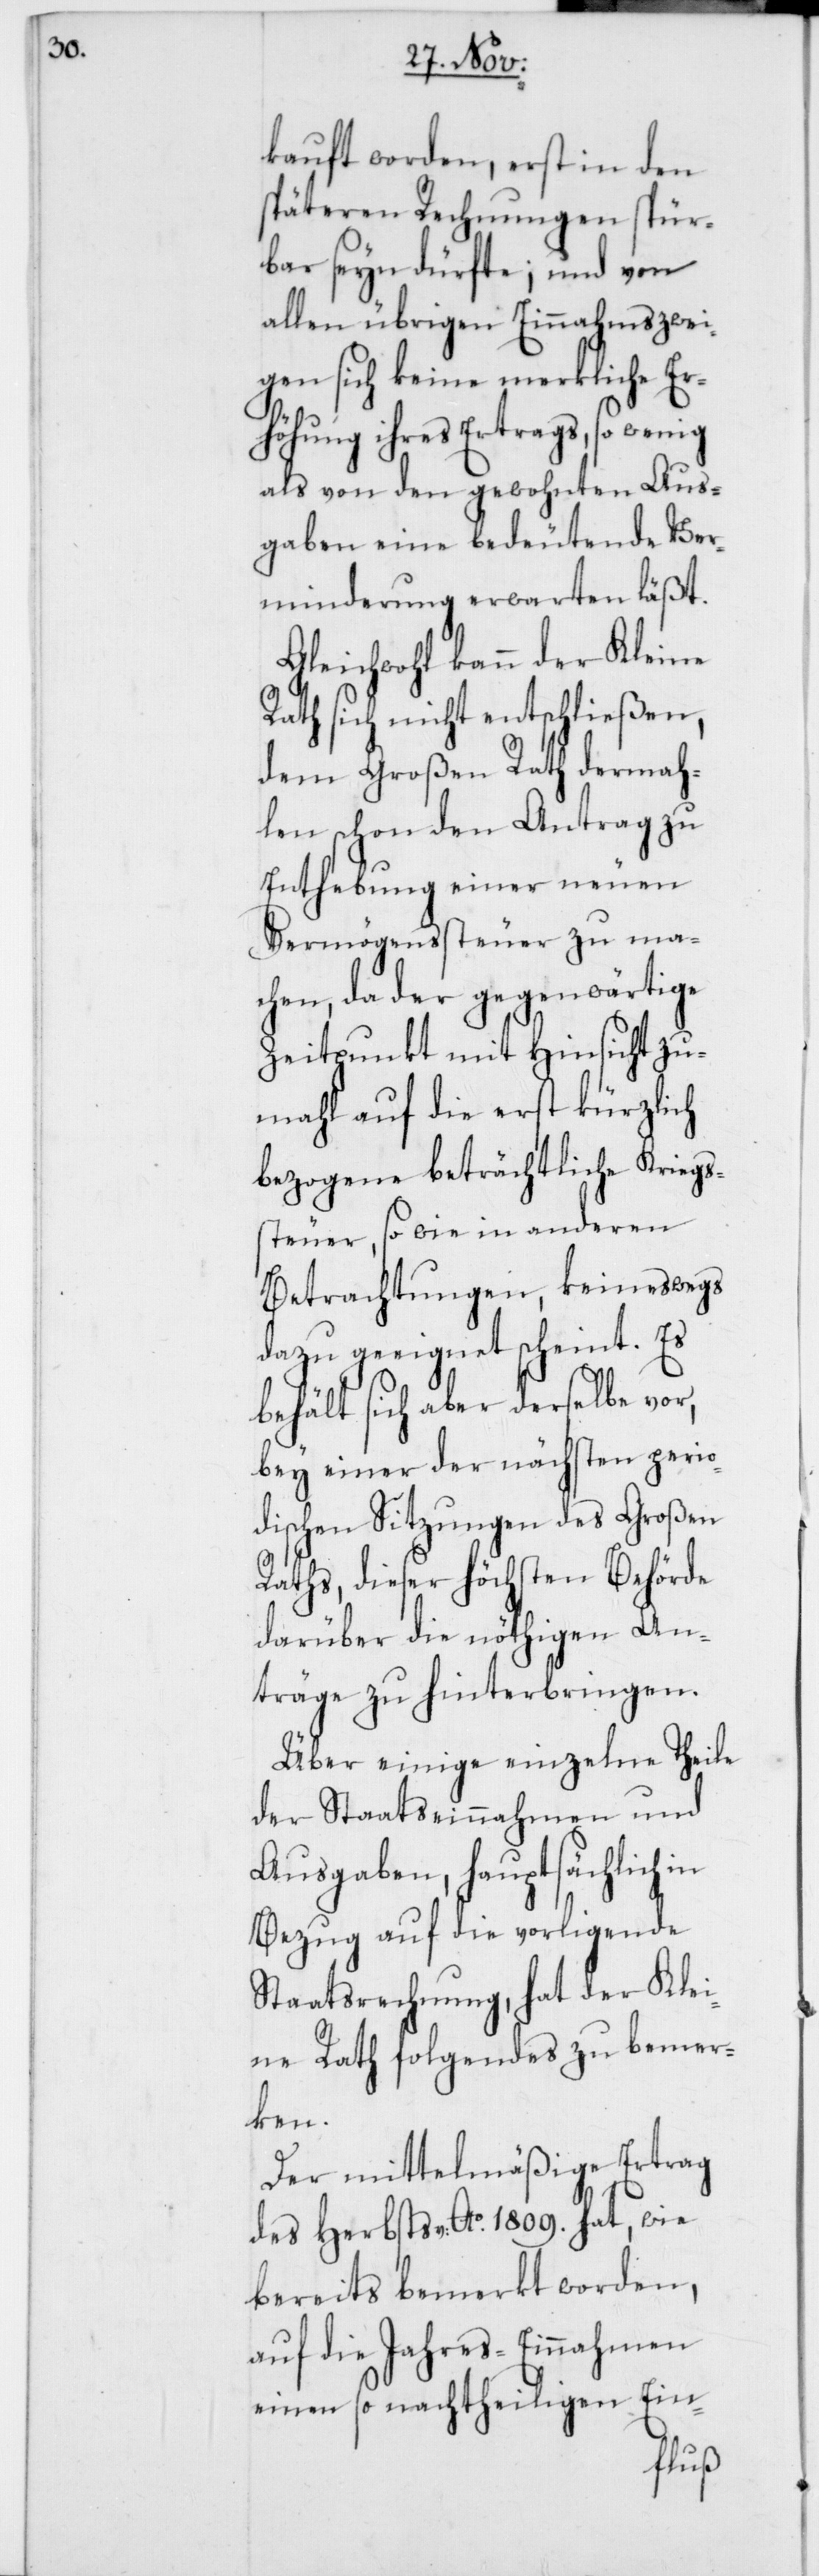
kauft worden, erst in den
späteren Rechnungen spür¬
bar seyn dürfte; und von
allen übrigen Einnahmszwei¬
gen sich keine merkliche Er¬
höhung ihres Ertrags, so wenig
als von den gewohnten Aus¬
gaben eine bedeutende Ver¬
minderung erwarten läßt.
Gleichwohl kann der Kleine
Rath sich nicht entschließen,
dem Großen Rath dermah¬
len schon den Antrag zu
Enthebung einer neuen
Vermögenssteuer zu ma¬
chen, da der gegenwärtige
Zeitpunkt mit Hinsicht zu¬
mahl auf die erst kürzlich
bezogene beträchtliche Kriegs¬
steuer, sowie in anderen
Betrachtungen, keineswegs
dazu geeignet scheint. Es
behält sich aber derselbe vor,
bey einer der nächsten perio¬
dischen Sitzungen des Großen
Raths, dieser höchsten Behörde
darüber die nöthigen An¬
träge zu hinterbringen.
Über einige einzelne Theile
der Staatseinnahmen und
Ausgaben, hauptsächlich
Bezug auf die vorliegende
Staatsrechnung, hat der Klei¬
ne Rath folgendes zu bemer¬
ken.
Der mittelmäßige Ertrag
des Herbsts v: Ao. 1809. hat, wie
bereits bemerkt worden,
auf die Jahres-Einnahmen
einen so nachtheiligen Ein-